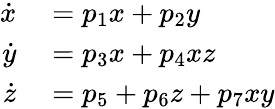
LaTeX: \begin{array}{rl}{\dot{x}}&{{}=p_{1}x+p_{2}y}\\ {\dot{y}}&{{}=p_{3}x+p_{4}xz}\\ {\dot{z}}&{{}=p_{5}+p_{6}z+p_{7}xy}\end{array}